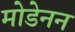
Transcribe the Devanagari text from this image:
मोडेनन